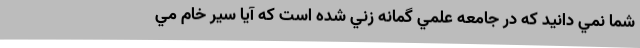
شما نمي دانيد كه در جامعه علمي گمانه زني شده است كه آيا سير خام مي